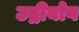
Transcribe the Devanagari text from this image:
उद्रीयोग